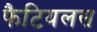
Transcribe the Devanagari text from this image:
फैटियलस